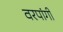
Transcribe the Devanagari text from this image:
वरपांगी